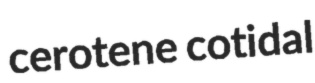
cerotene cotidal